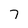
Character: 7